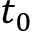
t _ { 0 }